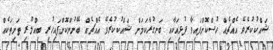
ޝައްކުކުރެވޭ އެއްޗެއް ހުސްކޮށްފައިވާ ފުޅިއަކާއި ބަނގުރާކަމަށް ޝައްކުކުރެވޭ އެއްޗެއް ބޭނުންކޮށްފައިހުރި ބިއްލޫރި ތަށިތަކެއް